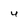
Character: u